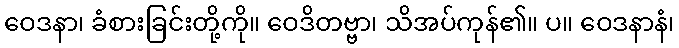
ဝေဒနာ၊ ခံစားခြင်းတို့ကို။ ဝေဒိတဗ္ဗာ၊ သိအပ်ကုန်၏။ ပ။ ဝေဒနာနံ၊